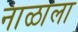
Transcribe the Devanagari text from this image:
नाळाला